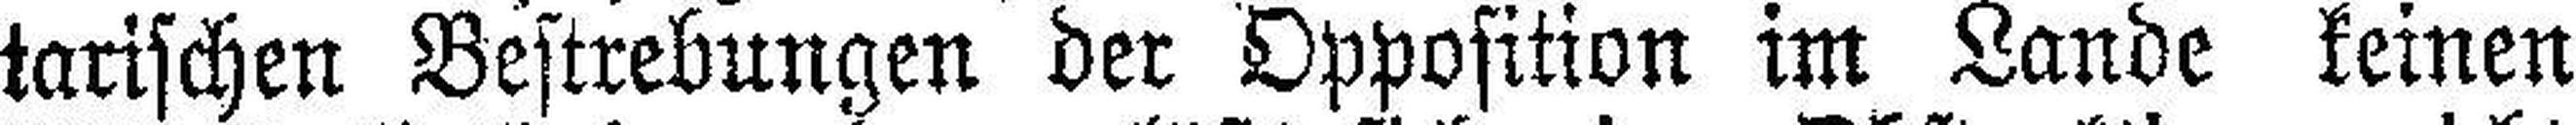
tarischen Bestrebungen der Opposition im Lande keinen